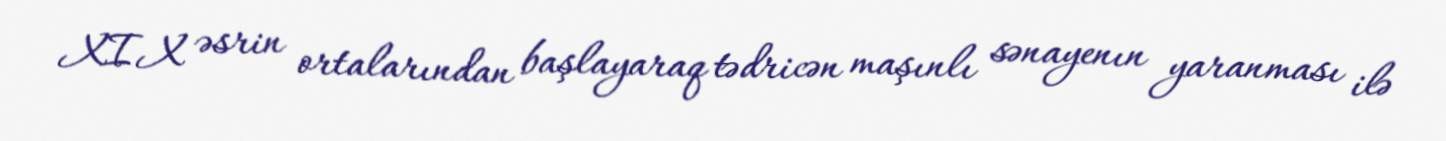
XIX əsrin ortalarından başlayaraq tədricən maşınlı sənayenın yaranması ilə